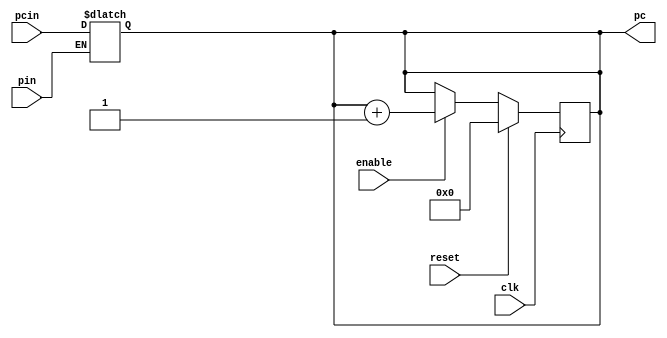
module PC_16(
    pc,enable,reset,clk,pin,pcin
);
    output reg[15:0] pc;
    input enable,clk,reset,pin;
    input[15:0] pcin;
    initial
    begin
     pc = 16'b0;
    end
    always@(posedge clk)
    begin
        if(reset)
            pc = 16'b0;
        else if(enable)
            pc = pc + 1;
        else pc = pc;
    end
    always@(*)
    begin
        if(pin)
            pc = pcin;
    end
endmodule